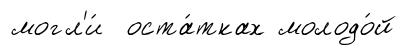
могл'и́ оста́тках молодо́й